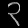
Digit: ၃